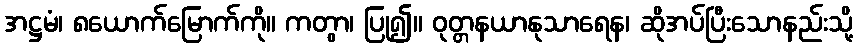
အဋ္ဌမံ၊ ၈ယောက်မြောက်ကို။ ကတွာ၊ ပြု၍။ ဝုတ္တနယာနုသာရေန၊ ဆိုအပ်ပြီးသောနည်းသို့